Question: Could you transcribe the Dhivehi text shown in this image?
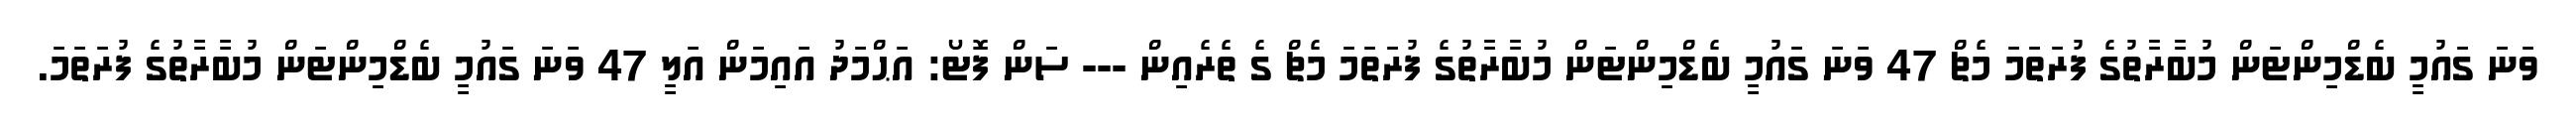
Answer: ވަނަ ގައުމީ ބެޑްމިންޓަން މުބާރާތުގެ ފުރަތަމަ މެޗް 47 ވަނަ ގައުމީ ބެޑްމިންޓަން މުބާރާތުގެ ފުރަތަމަ މެޗް ގެ ތެރެއިން --- ސަން ފޮޓޯ: އަޙްމަދު އައިމަން އަލީ 47 ވަނަ ގައުމީ ބެޑްމިންޓަން މުބާރާތުގެ ފުރަތަމަ.